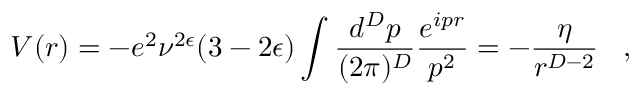
V ( r ) = - e ^ { 2 } \nu ^ { 2 \epsilon } ( 3 - 2 \epsilon ) \int \frac { d ^ { D } p } { ( 2 \pi ) ^ { D } } \frac { e ^ { i p r } } { p ^ { 2 } } = - \frac { \eta } { r ^ { D - 2 } } \; \; \; ,